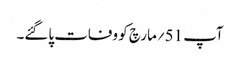
آپ 51؍مارچ کو وفات پاگئے۔